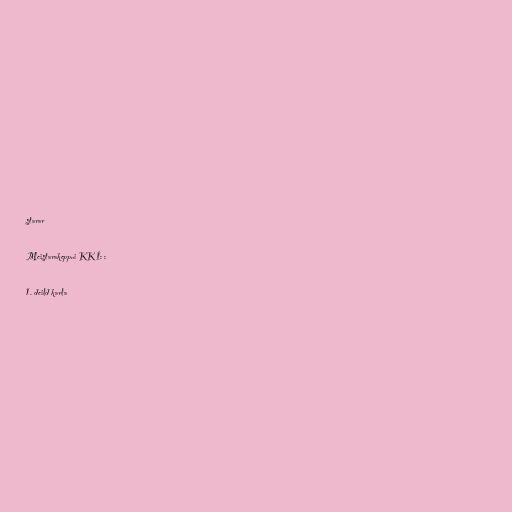
starar

Meistarakeppni KKÍ: :

1. deild karla